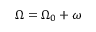
\Omega = \Omega _ { 0 } + \omega